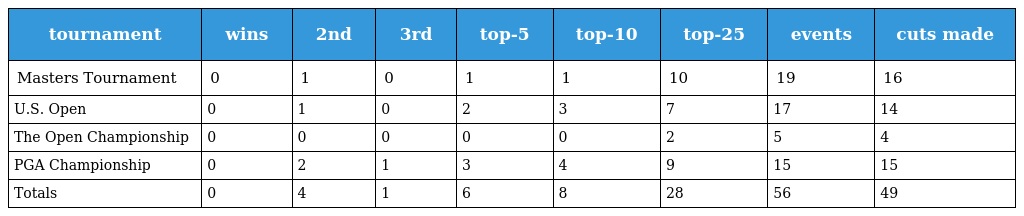
| tournament | wins | 2nd | 3rd | top-5 | top-10 | top-25 | events | cuts made |
 | --- | --- | --- | --- | --- | --- | --- | --- | --- |
 | Masters Tournament | 0 | 1 | 0 | 1 | 1 | 10 | 19 | 16 |
 | U.S. Open | 0 | 1 | 0 | 2 | 3 | 7 | 17 | 14 |
 | The Open Championship | 0 | 0 | 0 | 0 | 0 | 2 | 5 | 4 |
 | PGA Championship | 0 | 2 | 1 | 3 | 4 | 9 | 15 | 15 |
 | Totals | 0 | 4 | 1 | 6 | 8 | 28 | 56 | 49 |